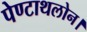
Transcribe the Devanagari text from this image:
पेण्टाथलोन।